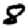
Digit: 8